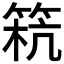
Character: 𥮕